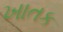
ખાતક